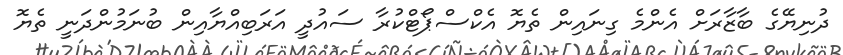
ދުނިޔޭގެ ބާޒާރަށް އެންމެ ގިނައިން ތެޔޮ އެކްސްޕޯޓްކުރާ ސައުދީ އަރަބިއްޔާއިން ބުނަމުންދަނީ ތެޔޮ